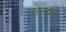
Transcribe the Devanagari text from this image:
तल्मुद